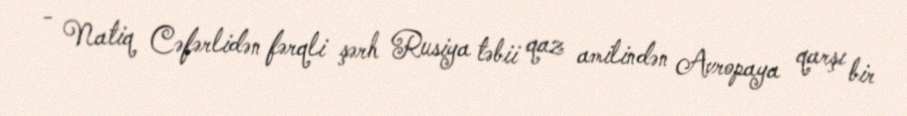
- Natiq Cəfərlidən fərqli şərh Rusiya təbii qaz amilindən Avropaya qarşı bir